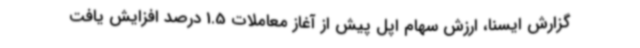
گزارش ایسنا، ارزش سهام اپل پیش از آغاز معاملات 1.5 درصد افزایش یافت